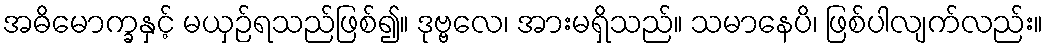
အဓိမောက္ခနှင့် မယှဉ်ရသည်ဖြစ်၍။ ဒုဗ္ဗလေ၊ အားမရှိသည်။ သမာနေပိ၊ ဖြစ်ပါလျက်လည်း။